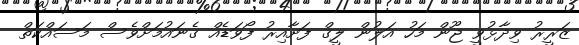
ޒަރީރު ވިދާޅުވީ ޖޫން މަހު އަލުން ލީގް ފަށާއިރު ފޯވަޑެއް ގެނައުމަށްވެސް މަސައްކަތް